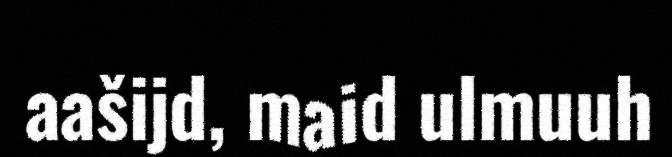
aašijd, maid ulmuuh